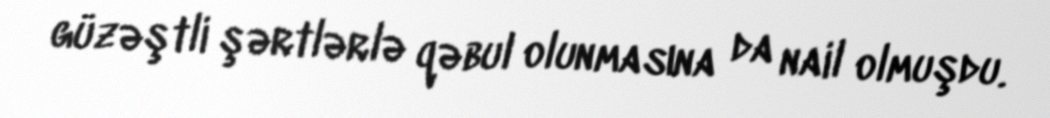
güzəştli şərtlərlə qəbul olunmasına da nail olmuşdu.